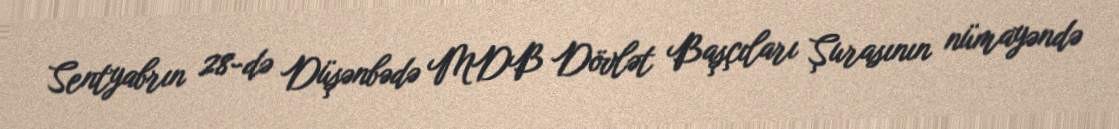
Sentyabrın 28-də Düşənbədə MDB Dövlət Başçıları Şurasının nümayəndə